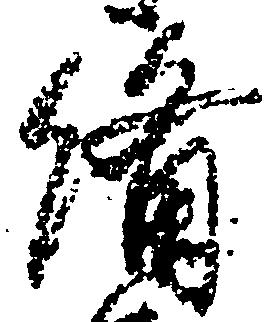
備